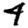
Digit: 4